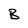
Character: B